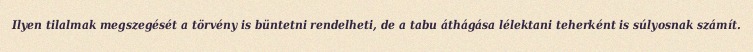
Ilyen tilalmak megszegését a törvény is büntetni rendelheti, de a tabu áthágása lélektani teherként is súlyosnak számít.